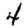
Digit: 4